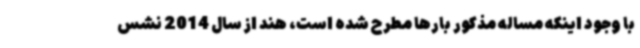
با وجود اینکه مساله مذکور بارها مطرح شده است، هند از سال 2014 نشس